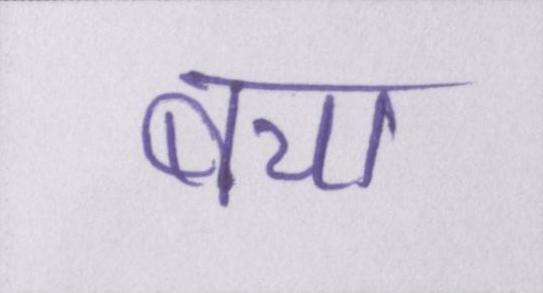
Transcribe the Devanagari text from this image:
बचा